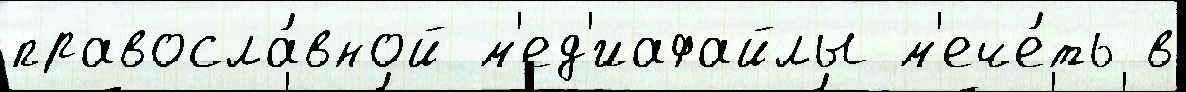
правосла́вной м'ед'иафайлы м'ече́ть в